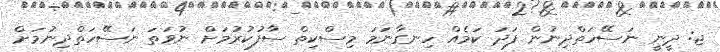
ޖ: ދީނީ ނަސޭހަތްދިނުން ފަދަ ކަމެއް ހިނގާނަމަ މިސްކިތް ސާފުކުރުމަށް ނުވަތަ ނަސޭހަތްދިނުމަށް